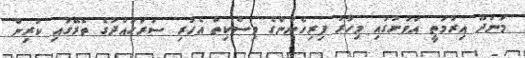
މަނަދޫ އިރުމަތީ އަވަށުގައި މިހާރު ފިރިހެނުންގެ މިސްކިތް އެހުރި ސަރަޙައްދުގެ ތެރޭގައި ކުރިން